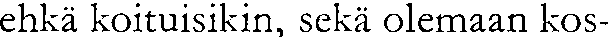
ehkä koituisikin, sekä olemaan kos-